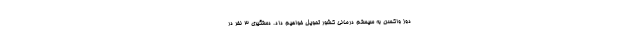
دوز واکسن به سیستم درمانی کشور تحویل خواهیم داد. دستگیری ۳ نفر در